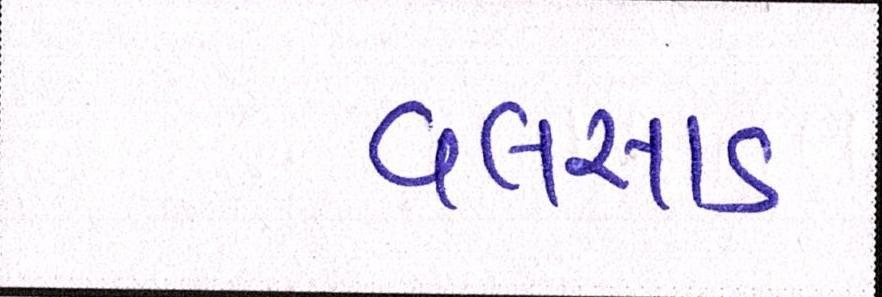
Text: વલસાડ